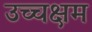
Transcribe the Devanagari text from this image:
उच्चक्षम